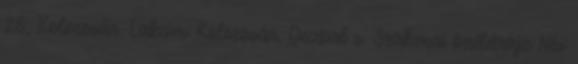
25, Kolozsvár. Lakcím: Kolozsvár, Decebal u. Szakmai önéletrajz Név: